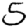
Digit: 5